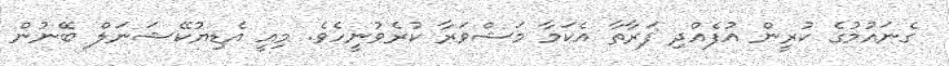
ގެނައުމުގެ ކުރީން އުފެއްދި ފަރާތާ އެކަމާ މަޝްވަރާ ކުރެވުނީހެވެ. މިއީ އެޑިޔުކޭޝަނަލް ބޭނުން